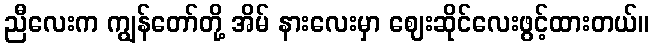
ညီလေးက ကျွန်တော်တို့ အိမ် နားလေးမှာ ဈေးဆိုင်လေးဖွင့်ထားတယ်။